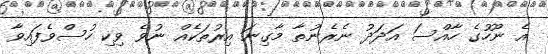
އެ ނޫހުގެ ހާއްސަ އަދަދު ނެރެނުތާ މާގިނަ އިރުތަކެއް ނުވެ ވިކި ހުސްވެފައިވާ